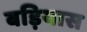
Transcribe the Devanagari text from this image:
बड़ियास